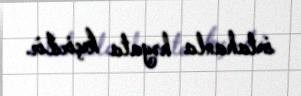
imtahanla həyata keçirilir.